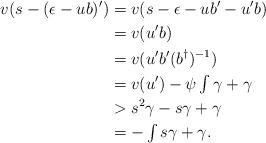
LaTeX: \begin{align*}v(s-(\epsilon-ub)') &= v(s-\epsilon-ub'-u'b) \\&= v(u'b) \\&= v(u'b'(b^{\dagger})^{-1}) \\&= v(u')-\psi\textstyle\int\gamma + \gamma \\&> s^2\gamma-s\gamma+\gamma \\&= -\textstyle\int s\gamma + \gamma.\end{align*}